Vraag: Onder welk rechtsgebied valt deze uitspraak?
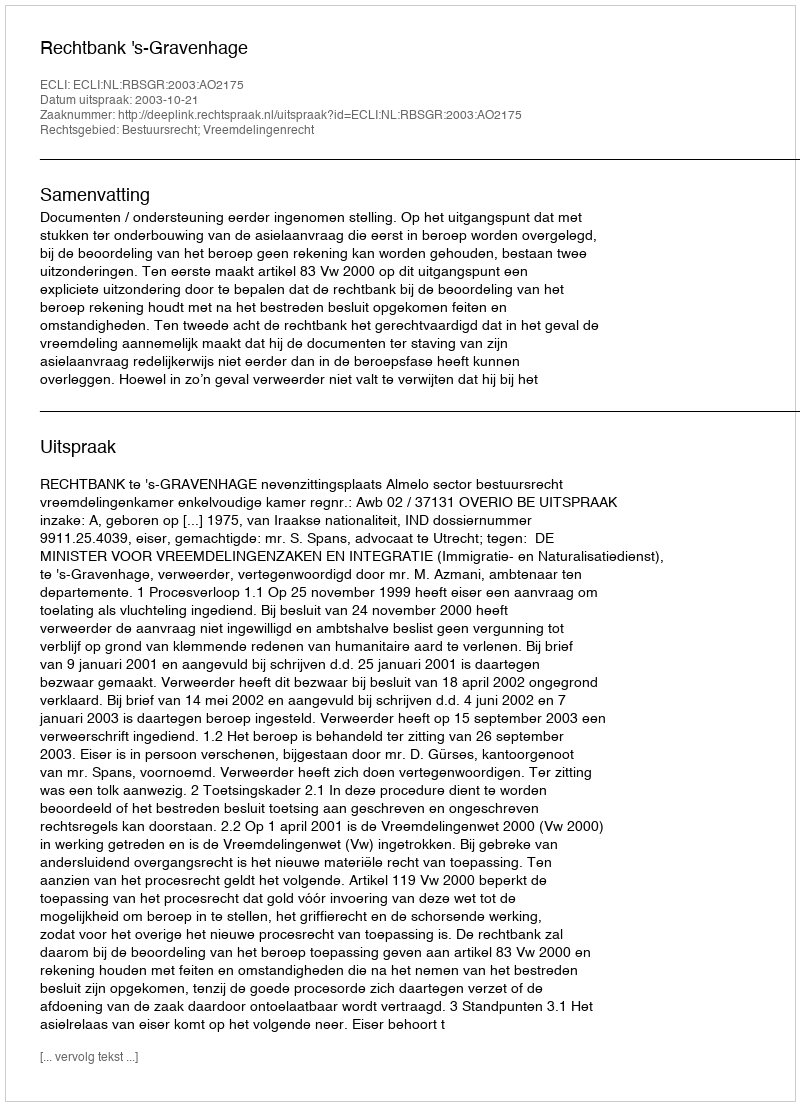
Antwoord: Bestuursrecht; Vreemdelingenrecht